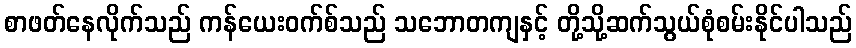
စာဖတ်နေလိုက်သည် ကန်ယေးဝက်စ်သည် သဘောတကျနှင့် တို့သို့ဆက်သွယ်စုံစမ်းနိုင်ပါသည်